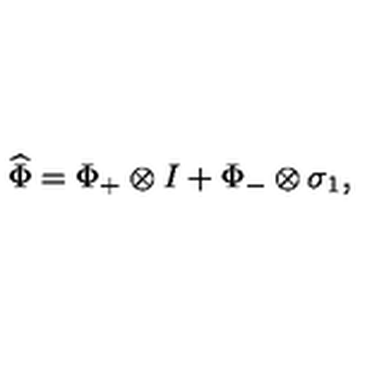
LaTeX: \widehat { \Phi } = \Phi _ { + } \otimes I + \Phi _ { - } \otimes \sigma _ { 1 } ,